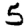
Digit: 5